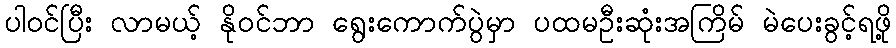
ပါဝင်ပြီး လာမယ့် နိုဝင်ဘာ ရွေးကောက်ပွဲမှာ ပထမဦးဆုံးအကြိမ် မဲပေးခွင့်ရဖို့